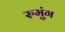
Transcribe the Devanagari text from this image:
रुमुंग